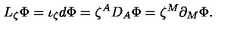
L _ { \zeta } { \Phi } = { \iota } _ { \zeta } d { \Phi } = { \zeta } ^ { A } D _ { A } { \Phi } = { \zeta } ^ { M } \partial _ { M } { \Phi } .